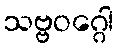
သဗ္ဗဝဂ္ဂေါ